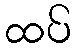
ထပ်